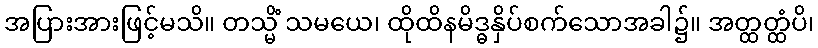
အပြားအားဖြင့်မသိ။ တသ္မိံ သမယေ၊ ထိုထိနမိဒ္ဓနှိပ်စက်သောအခါ၌။ အတ္ထတ္ထံပိ၊